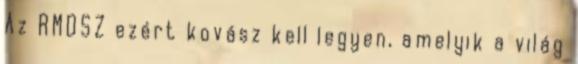
Az RMDSZ ezért kovász kell legyen, amelyik a világ